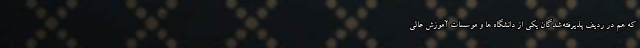
که هم در ردیف پذیرفته‌شدگان یکی از دانشگاه ها و موسسات آموزش عالی